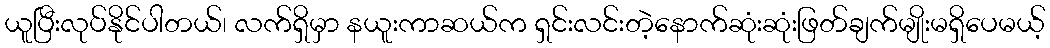
ယူပြီးလုပ်နိုင်ပါတယ်၊ လက်ရှိမှာ နယူးကာဆယ်က ရှင်းလင်းတဲ့နောက်ဆုံးဆုံးဖြတ်ချက်မျိုးမရှိပေမယ့်